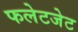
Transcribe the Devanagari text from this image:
फलेटजेट